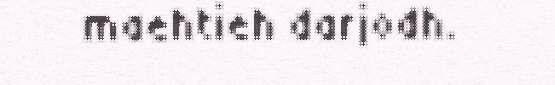
maehtieh darjodh.